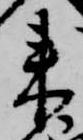
来